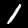
Digit: 1